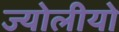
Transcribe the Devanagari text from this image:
ज्योलीयो